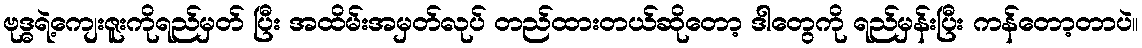
ဗုဒ္ဓရဲ့ကျေးဇူးကိုရည်မှတ် ပြီး အထိမ်းအမှတ်လုပ် တည်ထားတယ်ဆိုတော့ ဒါတွေကို ရည်မှန်းပြီး ကန်တော့တာပဲ။